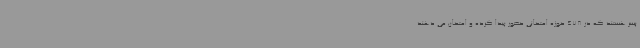
پسر هستند که در 478 حوزه امتحانی حضور پیدا کرده و امتحان می دهند.